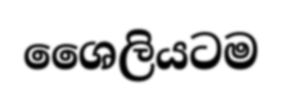
ශෛලියටම